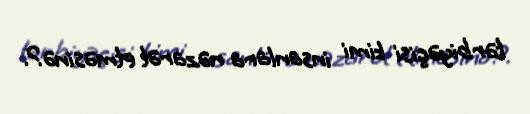
tərbiyəçisi kimi insanlara nəzarət etməsinə?.